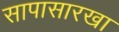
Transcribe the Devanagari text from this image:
सापासारखा